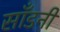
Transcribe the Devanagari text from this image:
साँडनी